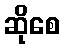
ဆိုစေ